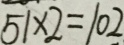
5 1 \times 2 = 1 0 2